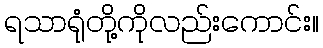
ရသာရုံတို့ကိုလည်းကောင်း။